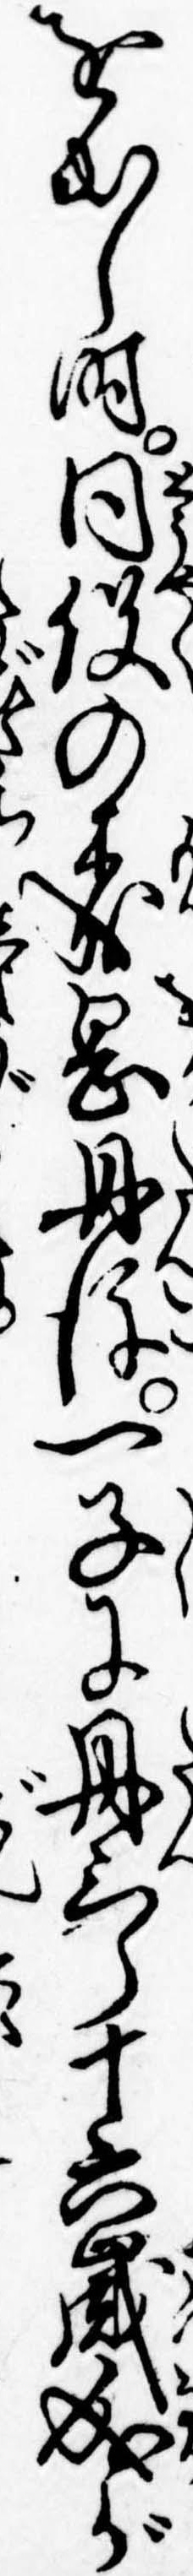
を出し時同役の森岡丹後一子に丹三郎十六歳成が